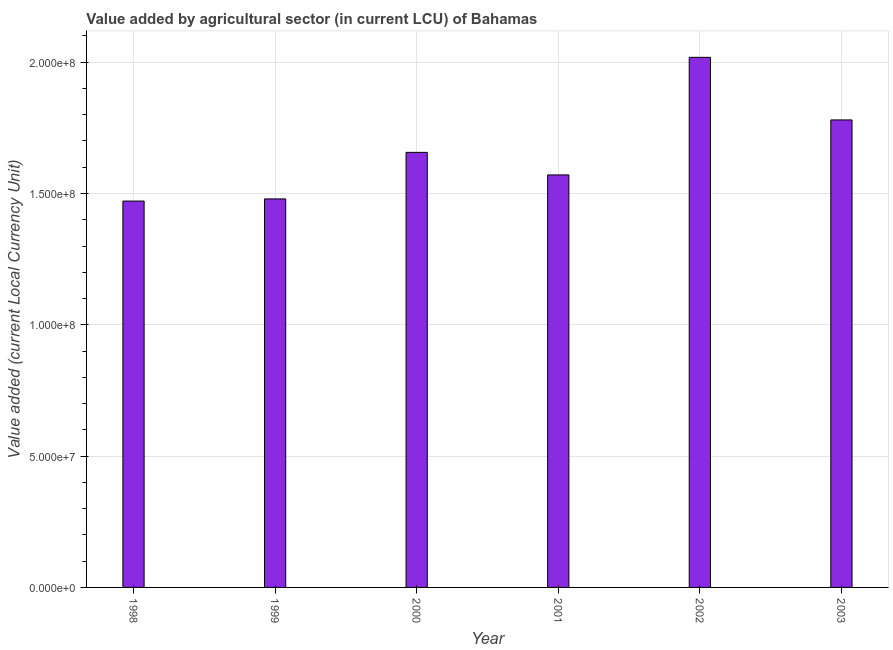
| Year | Agriculture |
 | --- | --- |
 | 1998 | 1.47e+08 |
 | 1999 | 1.48e+08 |
 | 2000 | 1.66e+08 |
 | 2001 | 1.57e+08 |
 | 2002 | 2.02e+08 |
 | 2003 | 1.78e+08 |